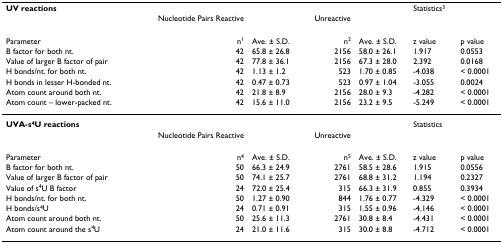
<table><thead><tr><td><b>UV reactions</b></td><td></td><td></td><td></td><td></td><td><b>Statistics<sup>3</sup></b></td><td></td></tr><tr><td></td><td><b>Nucleotide Pairs Reactive</b></td><td></td><td><b>Unreactive</b></td><td></td><td></td><td></td></tr></thead><tbody><tr><td>Parameter</td><td>n<sup>1</sup></td><td>Ave. ± S.D.</td><td>n<sup>2</sup></td><td>Ave. ± S.D.</td><td>z value</td><td>p value</td></tr><tr><td>B factor for both nt.</td><td>42</td><td>65.8 ± 26.8</td><td>2156</td><td>58.0 ± 26.1</td><td>1.917</td><td>0.0553</td></tr><tr><td>Value of larger B factor of pair</td><td>42</td><td>77.8 ± 36.1</td><td>2156</td><td>67.3 ± 28.0</td><td>2.392</td><td>0.0168</td></tr><tr><td>H bonds/nt. for both nt.</td><td>42</td><td>1.13 ± 1.2</td><td>523</td><td>1.70 ± 0.85</td><td>-4.038</td><td>&lt; 0.0001</td></tr><tr><td>H bonds in lesser H-bonded nt.</td><td>42</td><td>0.47 ± 0.73</td><td>523</td><td>0.97 ± 1.04</td><td>-3.055</td><td>0.0024</td></tr><tr><td>Atom count around both nt.</td><td>42</td><td>21.8 ± 8.9</td><td>2156</td><td>28.0 ± 9.3</td><td>-4.282</td><td>&lt; 0.0001</td></tr><tr><td>Atom count – lower-packed nt.</td><td>42</td><td>15.6 ± 11.0</td><td>2156</td><td>23.2 ± 9.5</td><td>-5.249</td><td>&lt; 0.0001</td></tr><tr><td><b>UVA-s<sup>4</sup>U reactions</b></td><td></td><td></td><td></td><td></td><td>Statistics</td><td></td></tr><tr><td></td><td>Nucleotide Pairs Reactive</td><td></td><td>Unreactive</td><td></td><td></td><td></td></tr><tr><td>Parameter</td><td>n<sup>4</sup></td><td>Ave. ± S.D.</td><td>n<sup>5</sup></td><td>Ave. ± S.D.</td><td>z value</td><td>p value</td></tr><tr><td>B factor for both nt.</td><td>50</td><td>66.3 ± 24.9</td><td>2761</td><td>58.5 ± 28.6</td><td>1.915</td><td>0.0556</td></tr><tr><td>Value of larger B factor of pair</td><td>50</td><td>74.1 ± 25.7</td><td>2761</td><td>68.8 ± 31.2</td><td>1.194</td><td>0.2327</td></tr><tr><td>Value of s<sup>4</sup>U B factor</td><td>24</td><td>72.0 ± 25.4</td><td>315</td><td>66.3 ± 31.9</td><td>0.855</td><td>0.3934</td></tr><tr><td>H bonds/nt. for both nt.</td><td>50</td><td>1.27 ± 0.90</td><td>844</td><td>1.76 ± 0.77</td><td>-4.329</td><td>&lt; 0.0001</td></tr><tr><td>H bonds/s<sup>4</sup>U</td><td>24</td><td>0.71 ± 0.91</td><td>315</td><td>1.55 ± 0.96</td><td>-4.146</td><td>&lt; 0.0001</td></tr><tr><td>Atom count around both nt.</td><td>50</td><td>25.6 ± 11.3</td><td>2761</td><td>30.8 ± 8.4</td><td>-4.431</td><td>&lt; 0.0001</td></tr><tr><td>Atom count around the s<sup>4</sup>U</td><td>24</td><td>21.0 ± 11.6</td><td>315</td><td>30.0 ± 8.8</td><td>-4.712</td><td>&lt; 0.0001</td></tr></tbody></table>